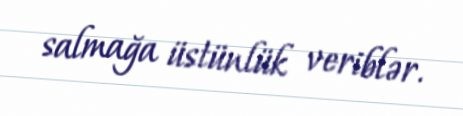
salmağa üstünlük veriblər.